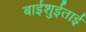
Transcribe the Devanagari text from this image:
बाईशुईताई